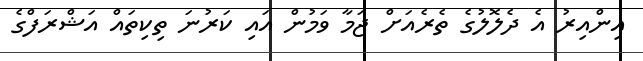
އިންއިރު އެ ދެލޮލުގެ ތެރެއަށް ޖަމާ ވަމުން އައި ކަރުނަ ތިކިތައް އަޝްރަފްގެ